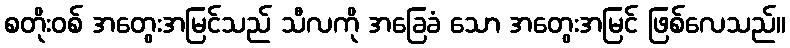
စတိုးဝစ် အတွေးအမြင်သည် သီလကို အခြေခံ သော အတွေးအမြင် ဖြစ်လေသည်။